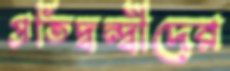
প্রতিদ্বন্দ্বীদের